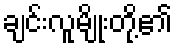
ချင်းလူမျိုးတို့၏